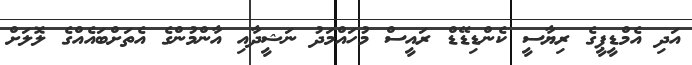
އަދި އެމްޑީޕީގެ ރިޔާސީ ކެންޑިޑޭޑް ރައީސް މުހައްމަދު ނަޝީދާއި އާންމުންގެ އެތަށްބައެއްގެ ލޮލަށް